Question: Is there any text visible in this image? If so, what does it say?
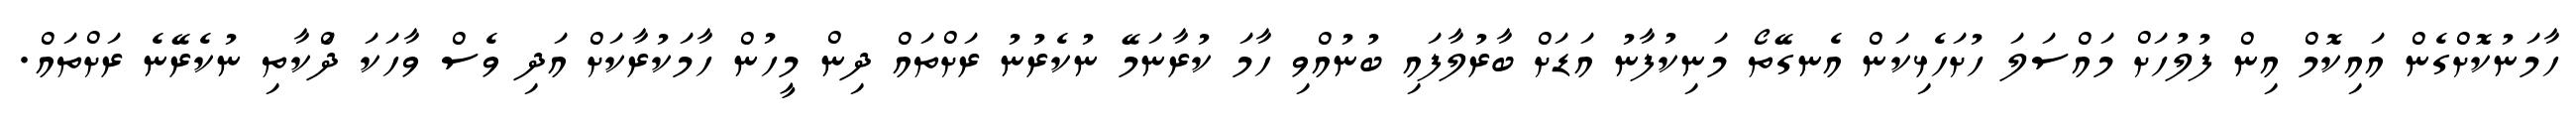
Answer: ހާމަނުކޮށްގެން އައިކޮމް އިން ފުލުހަށް މައްސަލަ ހުށަހެޅިކަން އެނގޭތޯ މަނިކުފާނު އަޑަށް ބާރުލާފައި ބުނުއްވި ހާމަ ކުރާނަމޭ ނުކެރުނު ރަށްތައް ދިން މީހުން ހާމަކުރާކަށް އަދި ވެސް ވާހަކަ ދަްކާތި ނުކެރޭނެ ރަށްތައް.